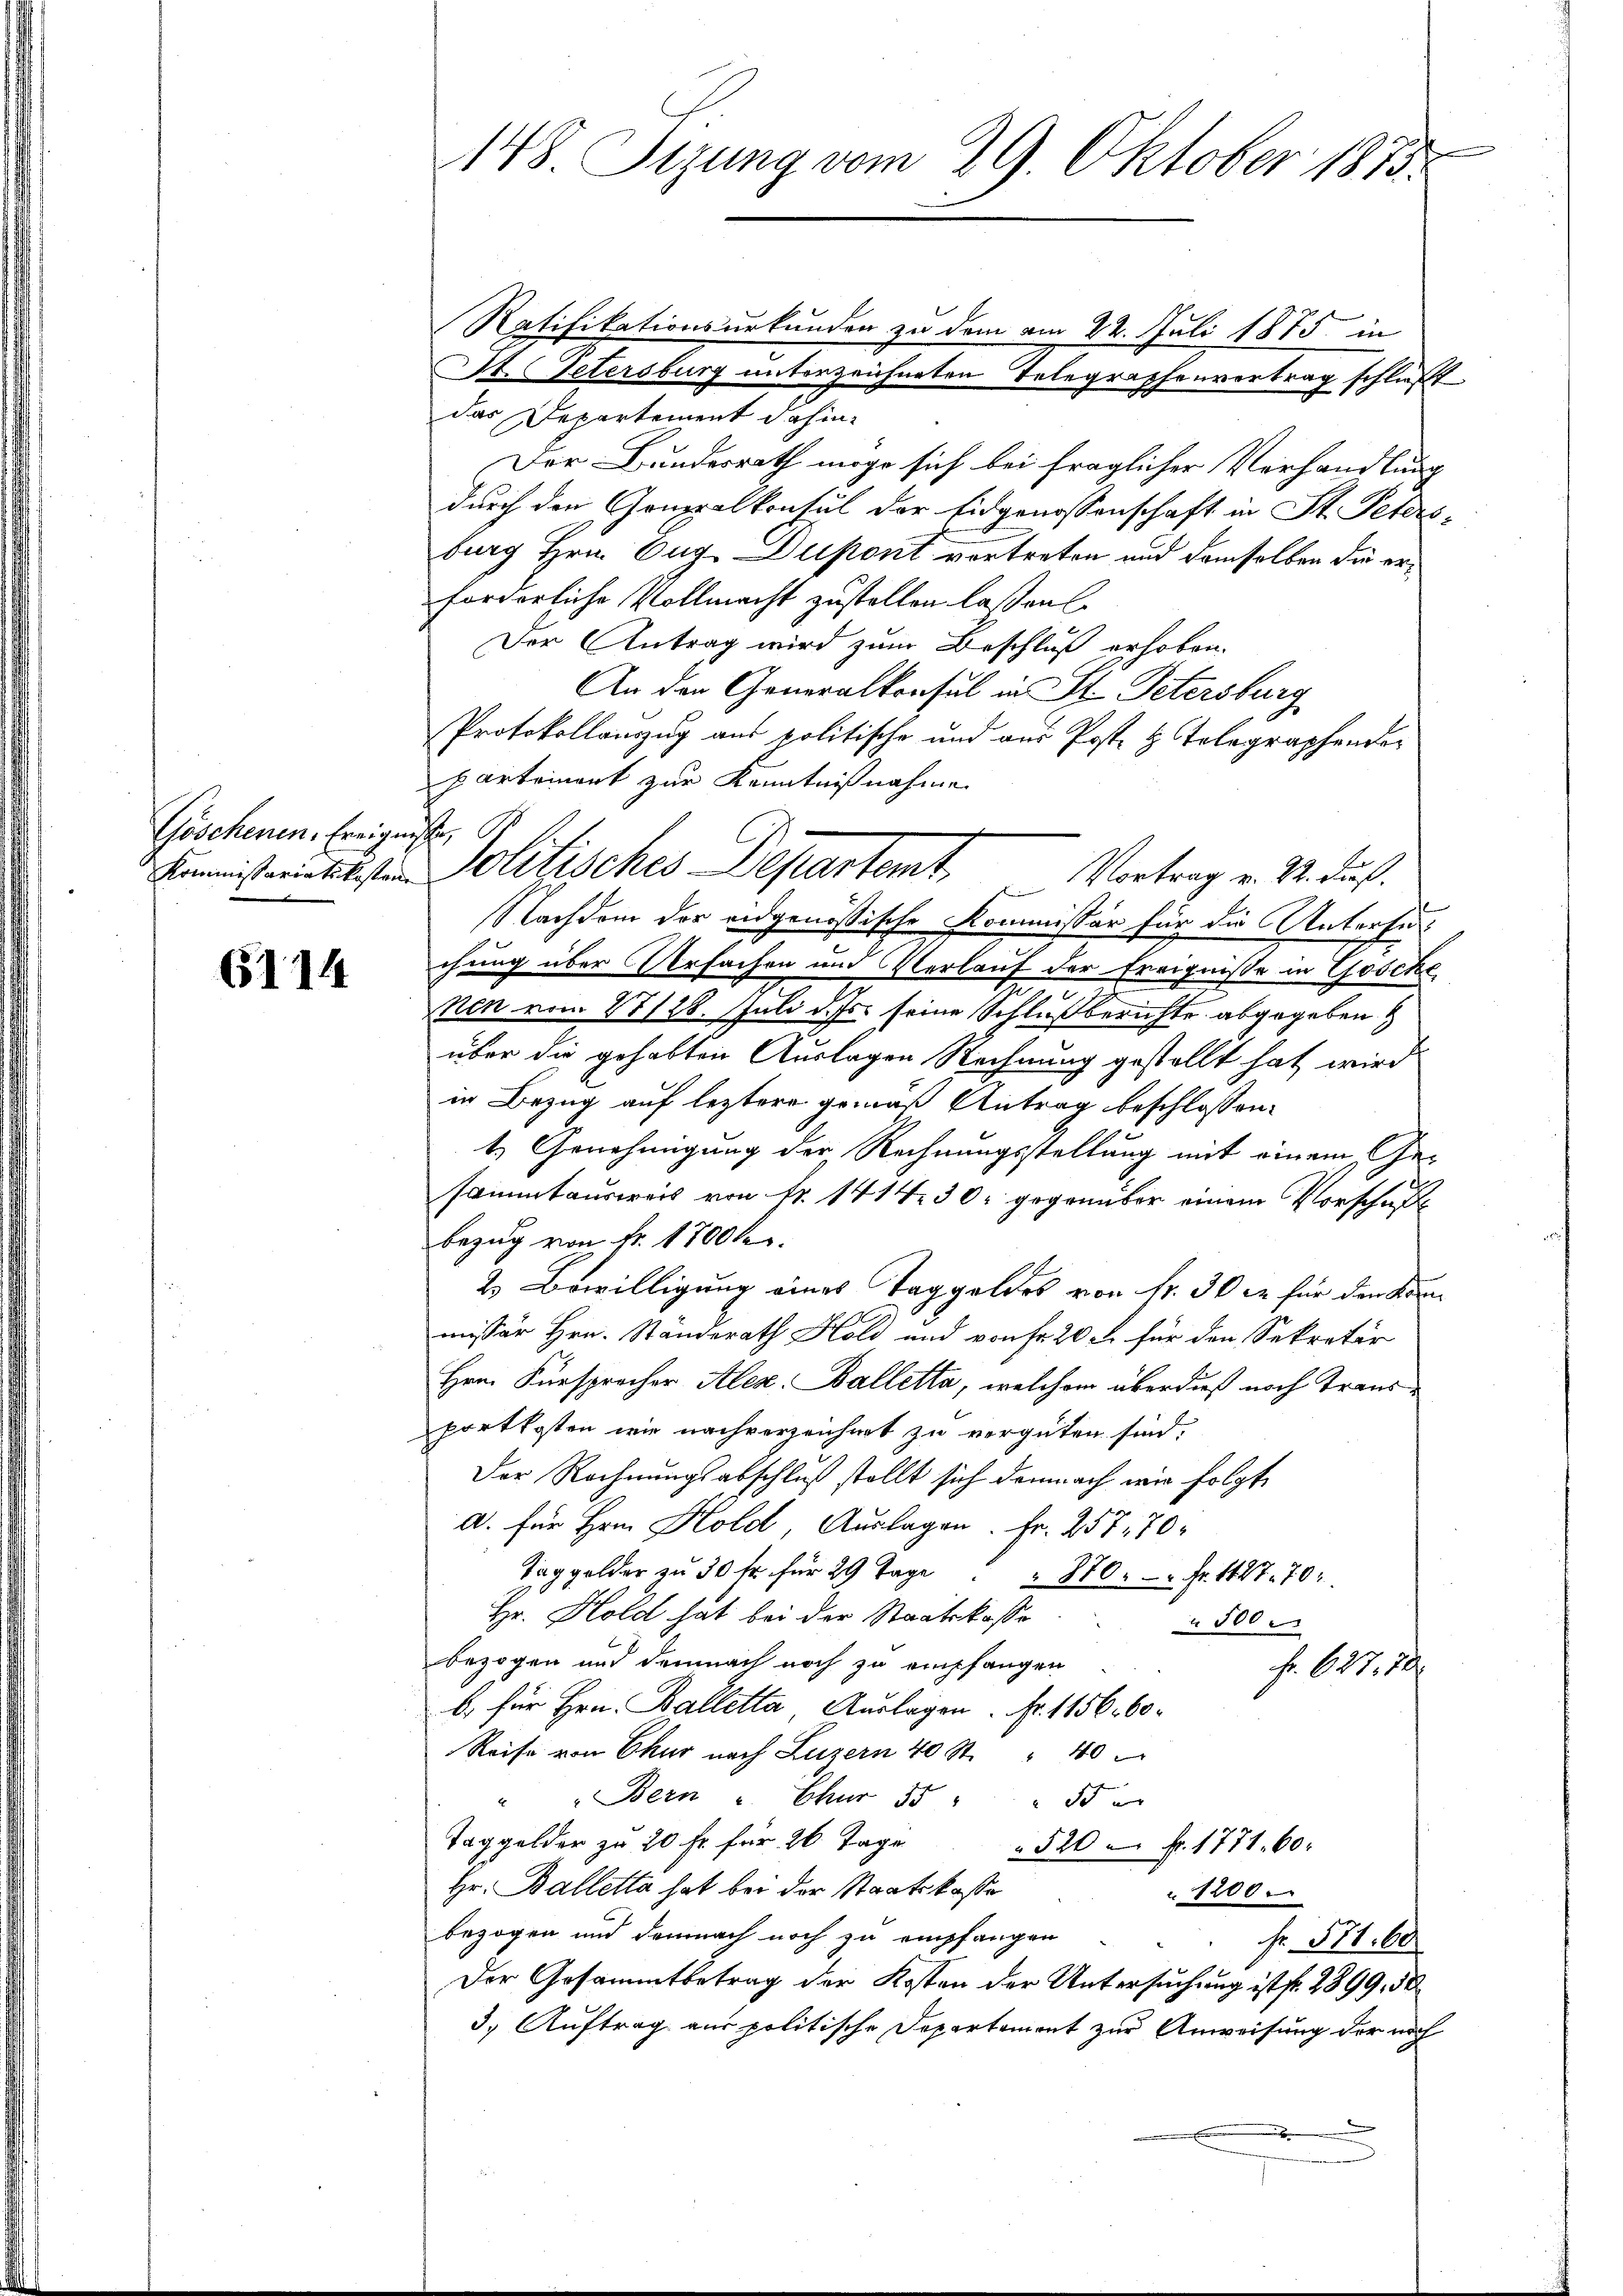
Göschenen, Ereignisse.
Kommissariatskosten

6114

148. Sizung vom 29. Oktober 1873.

St. Petersburg unterzeichneten Telegraphenvertrag schließt
das Departement dahin,
Der Bundesrath möge sich bei fraglicher Verhandlung
durch den Gomppalkonsul der Eidgenossenschaft in St. Petersburg Hrn. Aug. Dupont vortreten und demselben die erforderliche Vollmacht zustellen lassen
Der Antrag wird zum Beschluß erhoben.
An den Generalkonsul in St. Petersburg
Protokollauszug aus politische und aus Poste H. Telegraphender
partemont zur Kenntnißnahme
Nachdem der eidgenössische Kommissär für die Untersuchung über Arsachen und Verlauf der Ereigniße in Gösche
nen vom 27128. Juli d. Js. seine Schlußberichte abgegeben
über die gehabten Auslagen Rechnung gestellt hat wird
in Bezug auf leztere gemäß Antrag beschlossen:
1. Genehmigung der Rechnungsstellung mit einem Gesammtausweis von Fr. 1414. 30. gegenüber einem Vorschaft
bezug von Fr. 1700 k
2 Bewilligung eines Taggeldes von Fr. 30 xr für den Kenn
missär Hrn. Standerath Hold und von Fr. 20 l. für den Sekretär
Hrn. Fürsprecher Alex. Balletta, welchem überdieß noch Transportkosten wie nachverzeichnet zu vergüten sind,
Der Rechnungsabschluß stellt sich demnach wir folgt
a. für Hrn. Kold, Auslagen. Fr. 257, 70
Taggelder zu 30 fr. für 29 Tage " " 870.  Fr. 1127. 70.
Hr. Hold hat bei der Staatskasse
500
bezogen und demnach noch zu empfangen
Fr. 627, 700
b. für Hrn. Balletta Auslagen. Fr. 1156. 60.
Reise von Chur nach Luzern 40 St. " 40
" Bern u Chur 15 " " 55 u
Taggelder zu 20 Fr. für 26. Tage
520 Fr. 1771. 60.
Hr. Balletta hat bei der Staatskasse
 1200
bezogen und demnach noch zu empfangen
fr. 571. 60
Der Gesammtbetrag der Kosten der Untersuchung ist fr. 2899, 30
3.) Auftrag aus politische Departement zur Anweisung der noch

Ratifikationsurkunden zu dem am 22. Juli 1875 in

Politisches Departet. Vortrag v. 4. Juch.